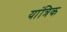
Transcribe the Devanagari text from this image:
यांत्रिक